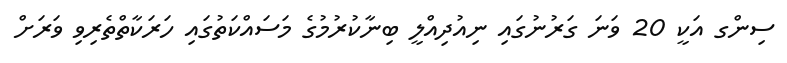
ސިންގ އަކީ 20 ވަނަ ގަރުނުގައި ނިއުދިއްލީ ބިނާކުރުމުގެ މަސައްކަތުގައި ހަރަކާތްތެރިވި ވަރަށް